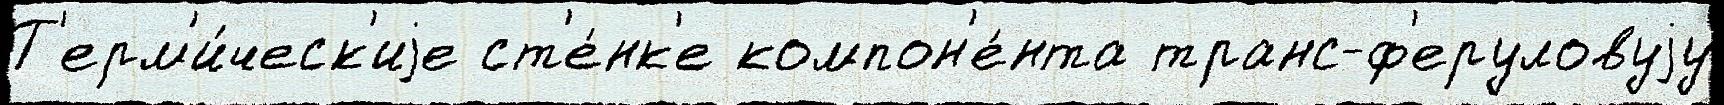
Т'ерм'и́ческ'иjе ст'е́нк'е компон'е́нта транс-ф'еруловуjу